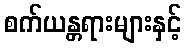
စက်ယန္တရားများနှင့်